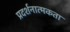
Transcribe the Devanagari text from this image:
प्रदर्शनात्मकता